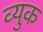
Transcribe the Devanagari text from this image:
व्युक